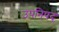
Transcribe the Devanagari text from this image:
उपनिषद्